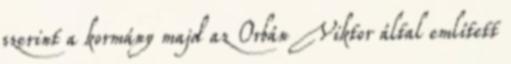
szerint a kormány majd az Orbán Viktor által említett